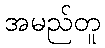
အမည်တူ